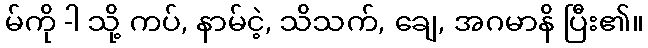
မ်ကို -ါ သို့ ကပ်, နာမ်ငဲ့, သိသက်, ချေ, အဂမာနိ ပြီး၏။